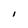
Character: I